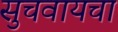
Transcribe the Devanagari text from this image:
सुचवायचा